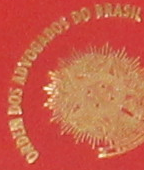
DRDEN DOS ADVOSADOS DO BRASIL